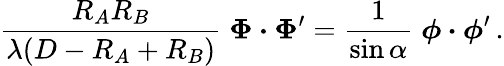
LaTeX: {\frac{R_{A}R_{B}}{\lambda(D-R_{A}+R_{B})}}\; \boldsymbol\Phi\boldsymbol\cdot\boldsymbol\Phi^{\prime}={\frac{1}{\sin\alpha}}\; \boldsymbol\phi\boldsymbol\cdot\boldsymbol\phi^{\prime}\, .